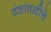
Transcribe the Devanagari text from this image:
वंशावळीचे